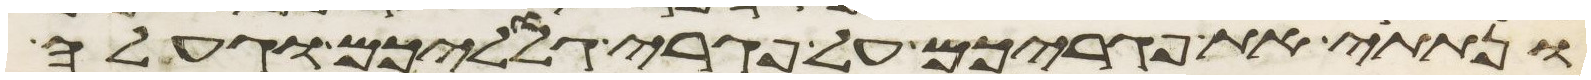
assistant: ונתתי את פגריכם על פגרי גלוליכם וגעלה